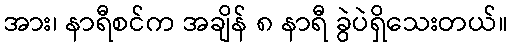
အား၊ နာရီစင်က အချိန် ၈ နာရီ ခွဲပဲရှိသေးတယ်။